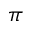
\pi